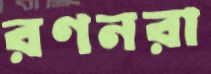
রণনরা